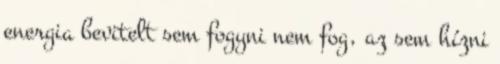
energia bevitelt sem fogyni nem fog, az sem hízni